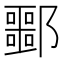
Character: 𬪠